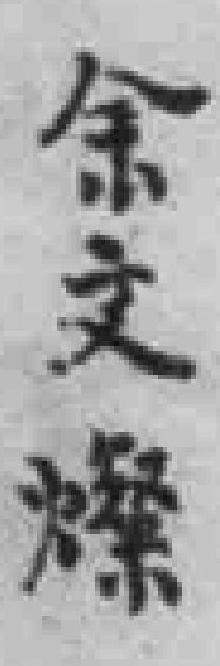
余文燦